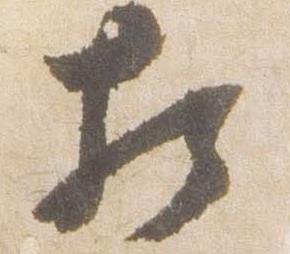
相